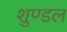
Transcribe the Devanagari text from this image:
शुण्डल